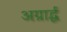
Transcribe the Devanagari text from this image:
अग्रार्द्ध